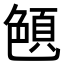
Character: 𦫤